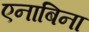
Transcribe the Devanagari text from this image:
एनाबिना